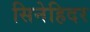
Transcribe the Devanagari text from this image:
सिनेहिदर